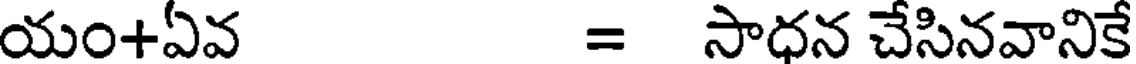
యం+ఏవ = సాధన చేసినవానికే